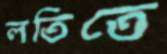
লতিতে